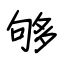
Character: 够